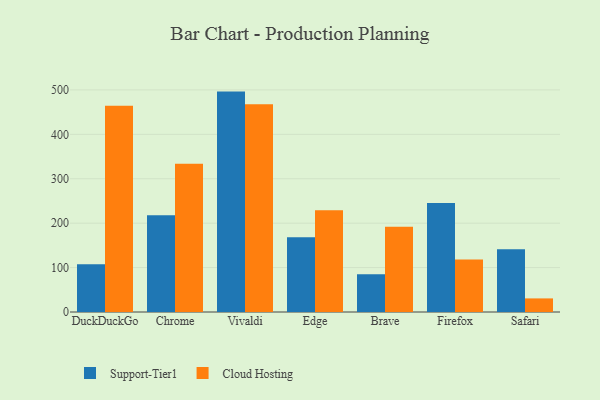
{"axis": {"x": "Browser", "y": "Gross Profit (USD K)"}, "legend": ["Cloud Hosting", "Support-Tier1"], "data": [{"x": "DuckDuckGo", "y": 107.6, "type": "Support-Tier1"}, {"x": "DuckDuckGo", "y": 464.4, "type": "Cloud Hosting"}, {"x": "Chrome", "y": 218.0, "type": "Support-Tier1"}, {"x": "Chrome", "y": 333.5, "type": "Cloud Hosting"}, {"x": "Vivaldi", "y": 496.2, "type": "Support-Tier1"}, {"x": "Vivaldi", "y": 467.9, "type": "Cloud Hosting"}, {"x": "Edge", "y": 168.1, "type": "Support-Tier1"}, {"x": "Edge", "y": 228.9, "type": "Cloud Hosting"}, {"x": "Brave", "y": 85.2, "type": "Support-Tier1"}, {"x": "Brave", "y": 191.7, "type": "Cloud Hosting"}, {"x": "Firefox", "y": 245.2, "type": "Support-Tier1"}, {"x": "Firefox", "y": 118.1, "type": "Cloud Hosting"}, {"x": "Safari", "y": 141.4, "type": "Support-Tier1"}, {"x": "Safari", "y": 30.6, "type": "Cloud Hosting"}]}